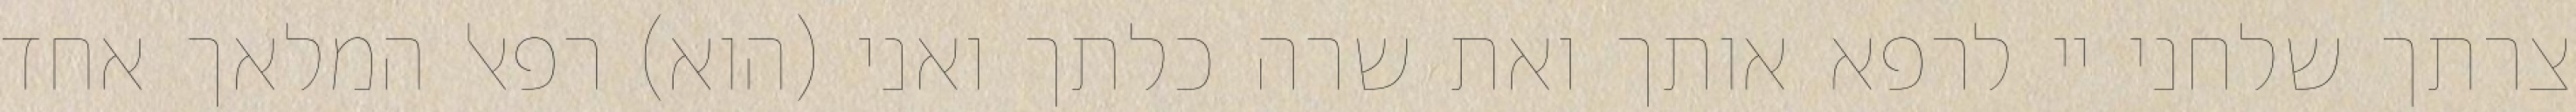
צרתך שלחני יי לרפא אותך ואת שרה כלתך ואני (הוא) רפאל המלאך אחד